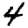
Digit: 4